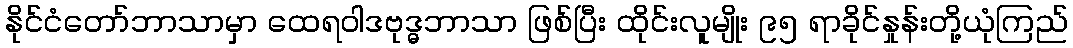
နိုင်ငံတော်ဘာသာမှာ ထေရဝါဒဗုဒ္ဓဘာသာ ဖြစ်ပြီး ထိုင်းလူမျိုး ၉၅ ရာခိုင်နှုန်းတို့ယုံကြည်